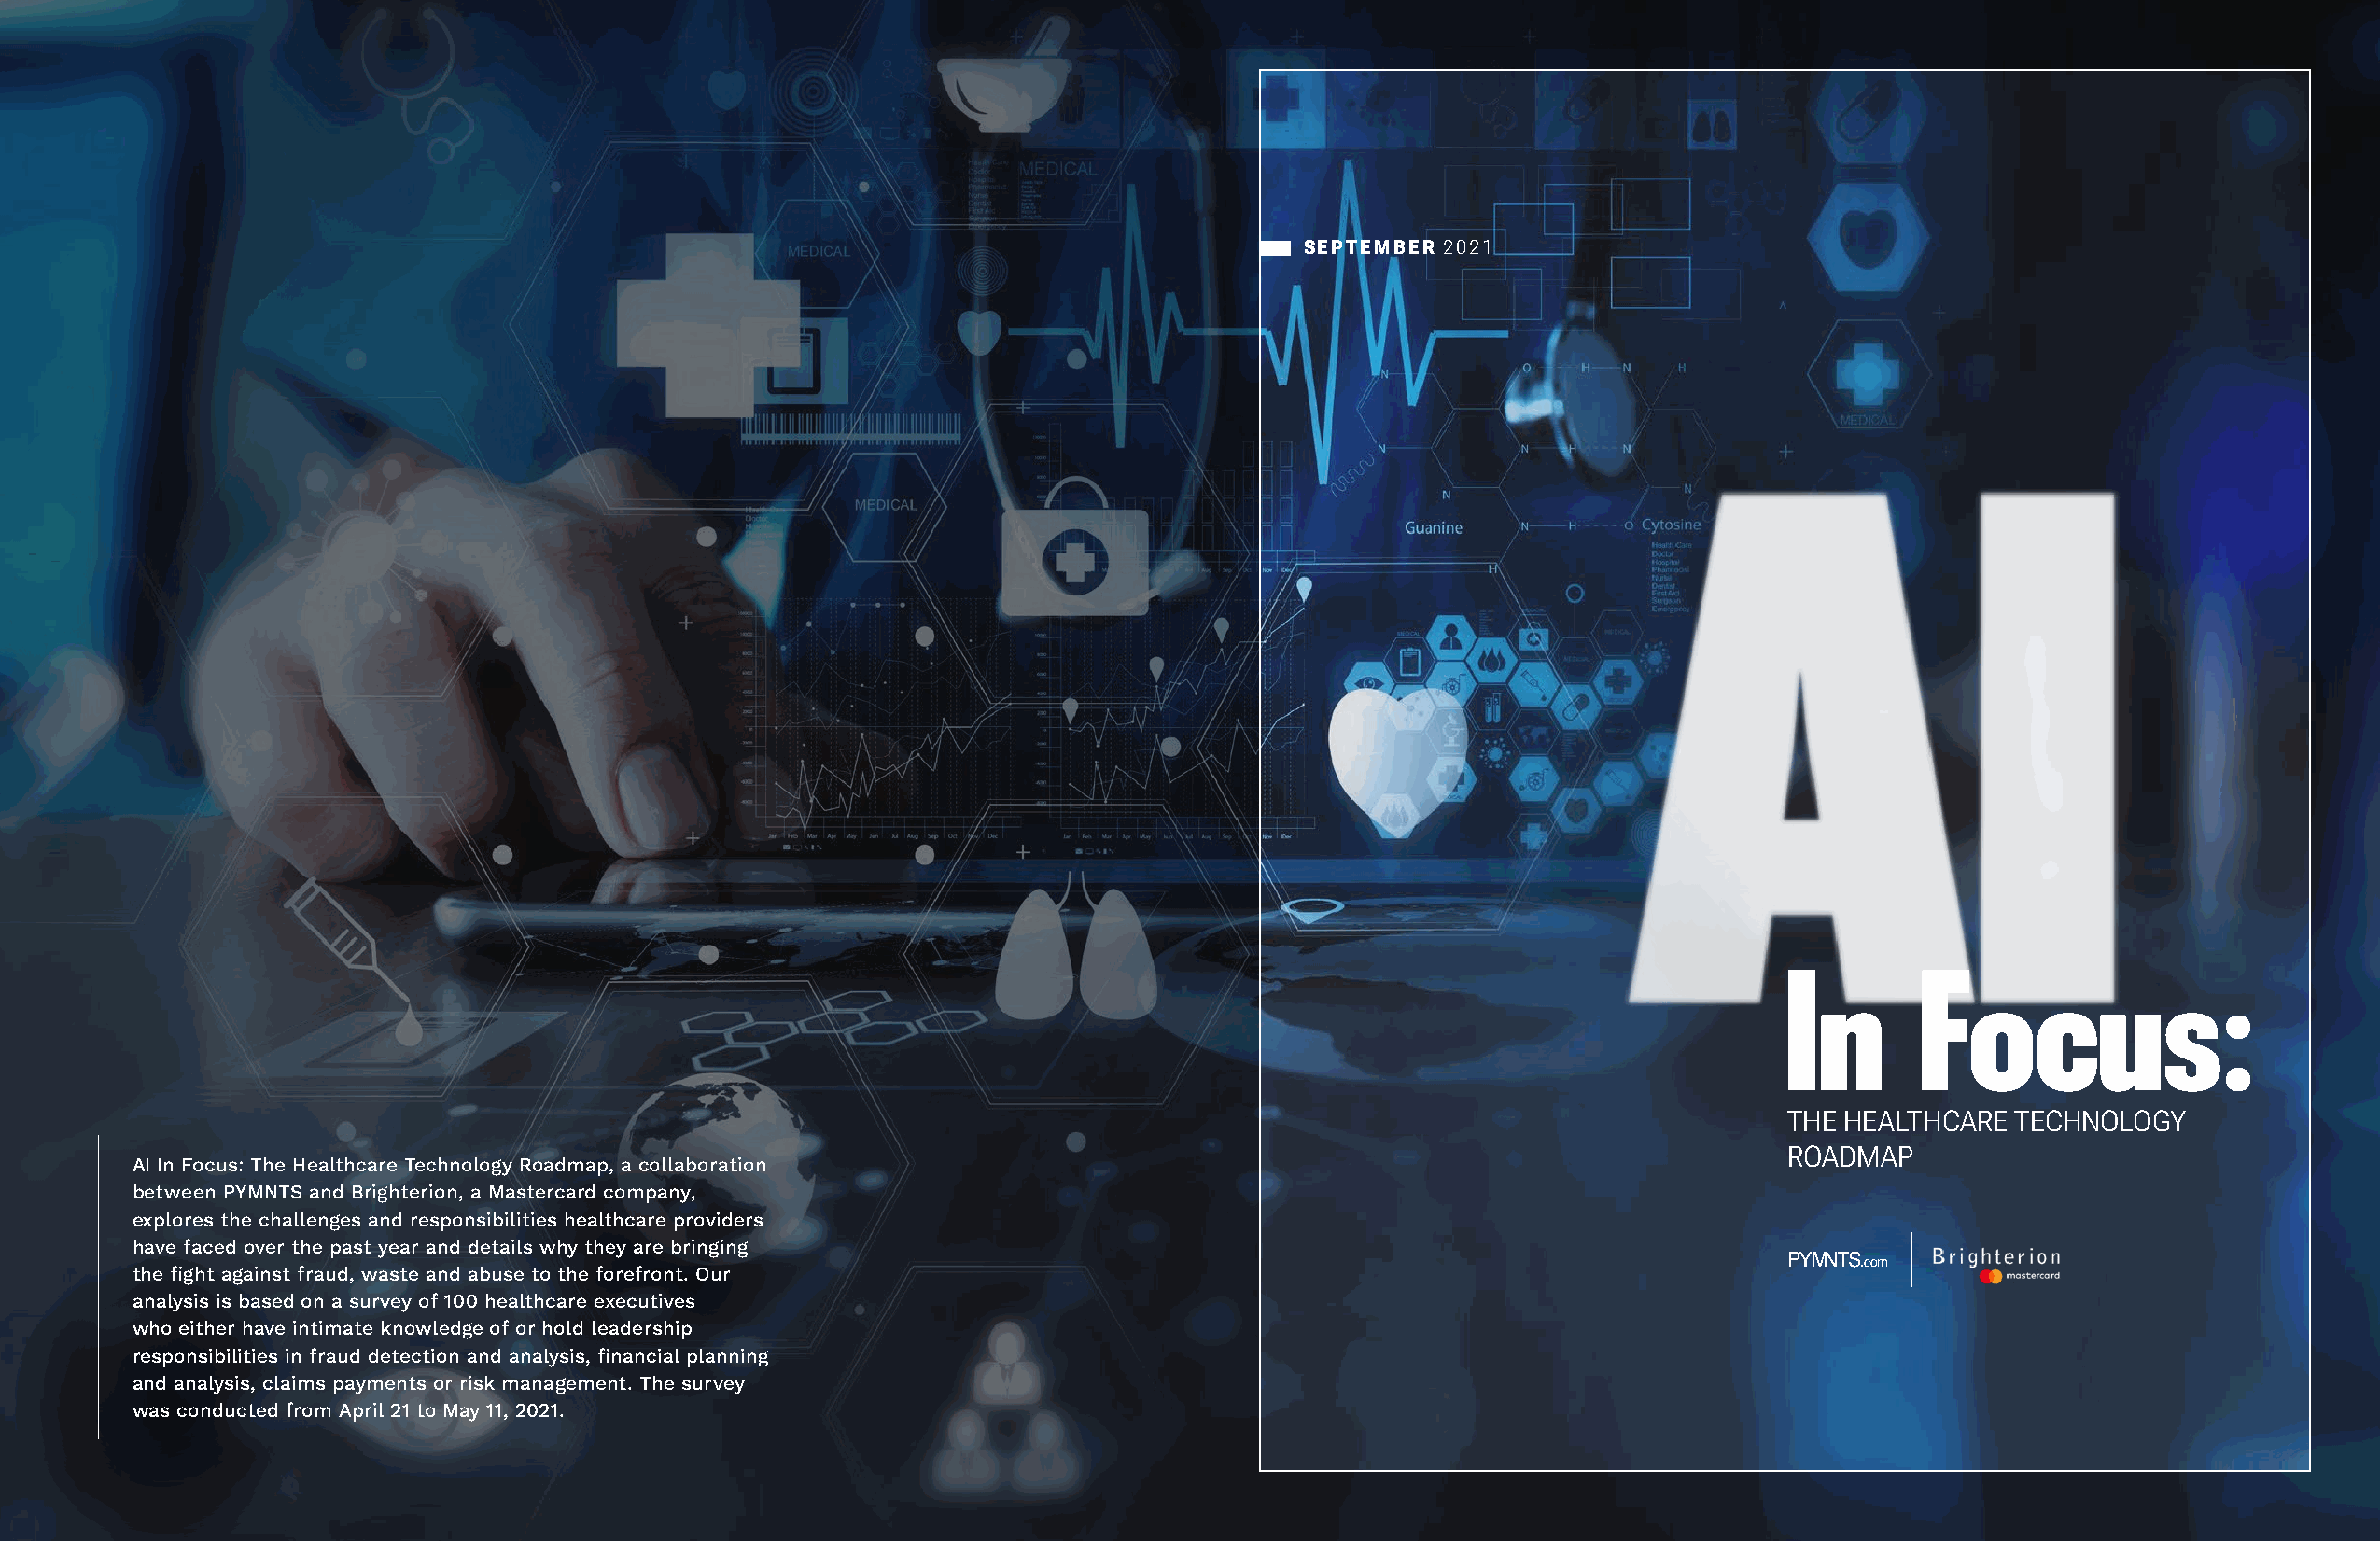
SEPTEMBER 2021
 In       Focus:
 THE HEALTHCARE  TECHNOLOGY
 ROADMAP
 AI In Focus: The Healthcare Technology Roadmap, a collaboration
 between PYMNTS and Brighterion, a Mastercard company,
 explores the challenges and responsibilities healthcare providers
 have faced over the past year and details why they are bringing
 the fight against fraud, waste and abuse to the forefront. Our
 analysis is based on a survey of 100 healthcare executives
 who either have intimate knowledge of or hold leadership
 responsibilities in fraud detection and analysis, financial planning
 and analysis, claims payments or risk management. The survey
 was conducted from April 21 to May 11, 2021.